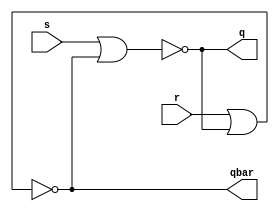
// Code your design here


module srlatch(input s,r,
               output q,qbar);
  
  wire q_init;
  wire qbar_init;
  
  assign q = ~(s | qbar_init);
  assign qbar = ~(r | q_init);
  
  assign q_init = q;
  assign qbar_init= qbar ;
  
endmodule


// Code your testbench here
// or browse Examples


module srlatch_tb;
  
  reg s,r;
  wire q,qbar;
  
  srlatch sr(s,r,q,qbar);
  
  initial begin
    
    
    s=0; r=0; #2;
    
    s=0; r=1; #2;
    
    s=1; r=0; #2;
    
    s=1; r=1; #2;
    
  end
  initial begin
    $dumpfile("srlatch.vcd");
    $dumpvars(0,srlatch_tb);
  end
  
endmodule